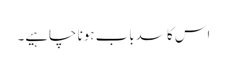
اس کا سدباب ہونا چاہیے۔